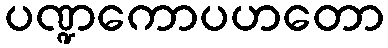
ပဏ္ဍကောပဟတော